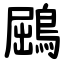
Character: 鶌